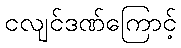
ငလျင်ဒဏ်ကြောင့်